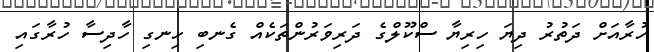
ހުރާއަށް ދަތުރު ދިޔަ ހިރިޔާ ސްކޫލްގެ ދަރިވަރުންތަކެއް ގެނބި ހިނގި ހާދިސާ ހުރާގައި